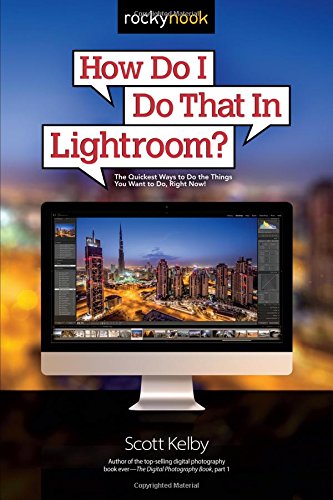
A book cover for How Do I Do That In Lightroom?: The Quickest Ways to Do the Things You Want to Do, Right Now!; Scott Kelby; Arts & Photography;